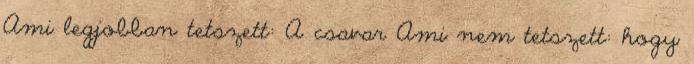
Ami legjobban tetszett: A csavar Ami nem tetszett: hogy